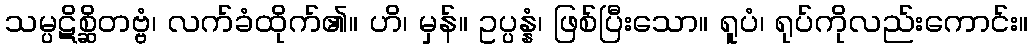
သမ္ပဋိစ္ဆိတဗ္ဗံ၊ လက်ခံထိုက်၏။ ဟိ၊ မှန်။ ဥပ္ပန္နံ၊ ဖြစ်ပြီးသော။ ရူပံ၊ ရုပ်ကိုလည်းကောင်း။